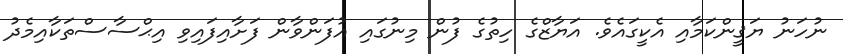
ނުހަނު ޔަޤީންކަމާއި އެކީގައެވެ. އަޔާޒްގެ ހިތުގެ ފުން މިނުގައި އުފަންވާން ފަށާއިފައިވި އިޙްސާސްތަކާއިމެދު